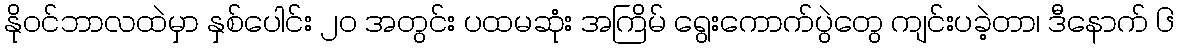
နိုဝင်ဘာလထဲမှာ နှစ်ပေါင်း ၂၀ အတွင်း ပထမဆုံး အကြိမ် ရွေးကောက်ပွဲတွေ ကျင်းပခဲ့တာ၊ ဒီနောက် ၆